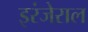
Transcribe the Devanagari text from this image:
इरंजेराल